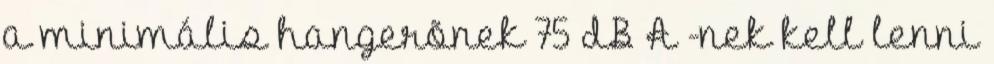
a minimális hangerõnek 75 dB A -nek kell lenni